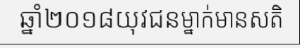
ឆ្នាំ២០១៨យុវជនម្នាក់មានសតិ